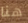
هنا